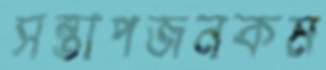
সন্তাপজনকম